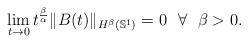
LaTeX: \begin{align*}\lim_{t\to 0} t^{\frac{\beta}{\alpha}} \|B(t)\|_{H^{\beta}(\mathbb S^1)}=0 \ \ \forall \ \ \beta> 0.\end{align*}